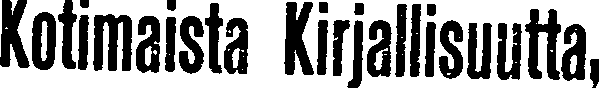
Kotimaista Kirjalisuutta,